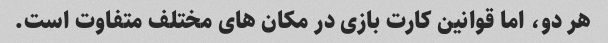
هر دو، اما قوانین کارت بازی در مکان های مختلف متفاوت است.